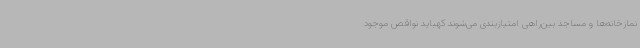
نمازخانه‌ها و مساجد بین‌راهی امتیازبندی می‌شوند کهباید نواقص موجود